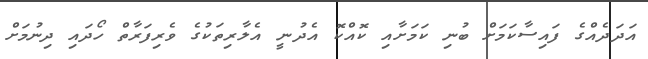
އަދަދެއްގެ ފައިސާކަމަށް ބުނި ކަމަށާއި ކޮއްކޮ އެދުނީ އެލާރިތަކުގެ ވެރިފަރާތް ހޯދައި ދިނުމަށް